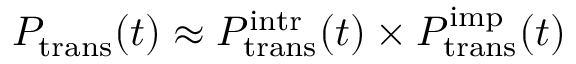
P _ { \mathrm { t r a n s } } ( t ) \approx P _ { \mathrm { t r a n s } } ^ { \mathrm { i n t r } } ( t ) \times P _ { \mathrm { t r a n s } } ^ { \mathrm { i m p } } ( t )